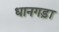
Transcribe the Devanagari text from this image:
धानगड़ा